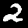
Label: 2